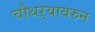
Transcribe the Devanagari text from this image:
चौथऱ्यावरुन